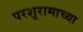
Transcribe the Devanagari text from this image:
परशूरामाच्या